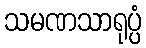
သမဏသာရုပ္ပံ